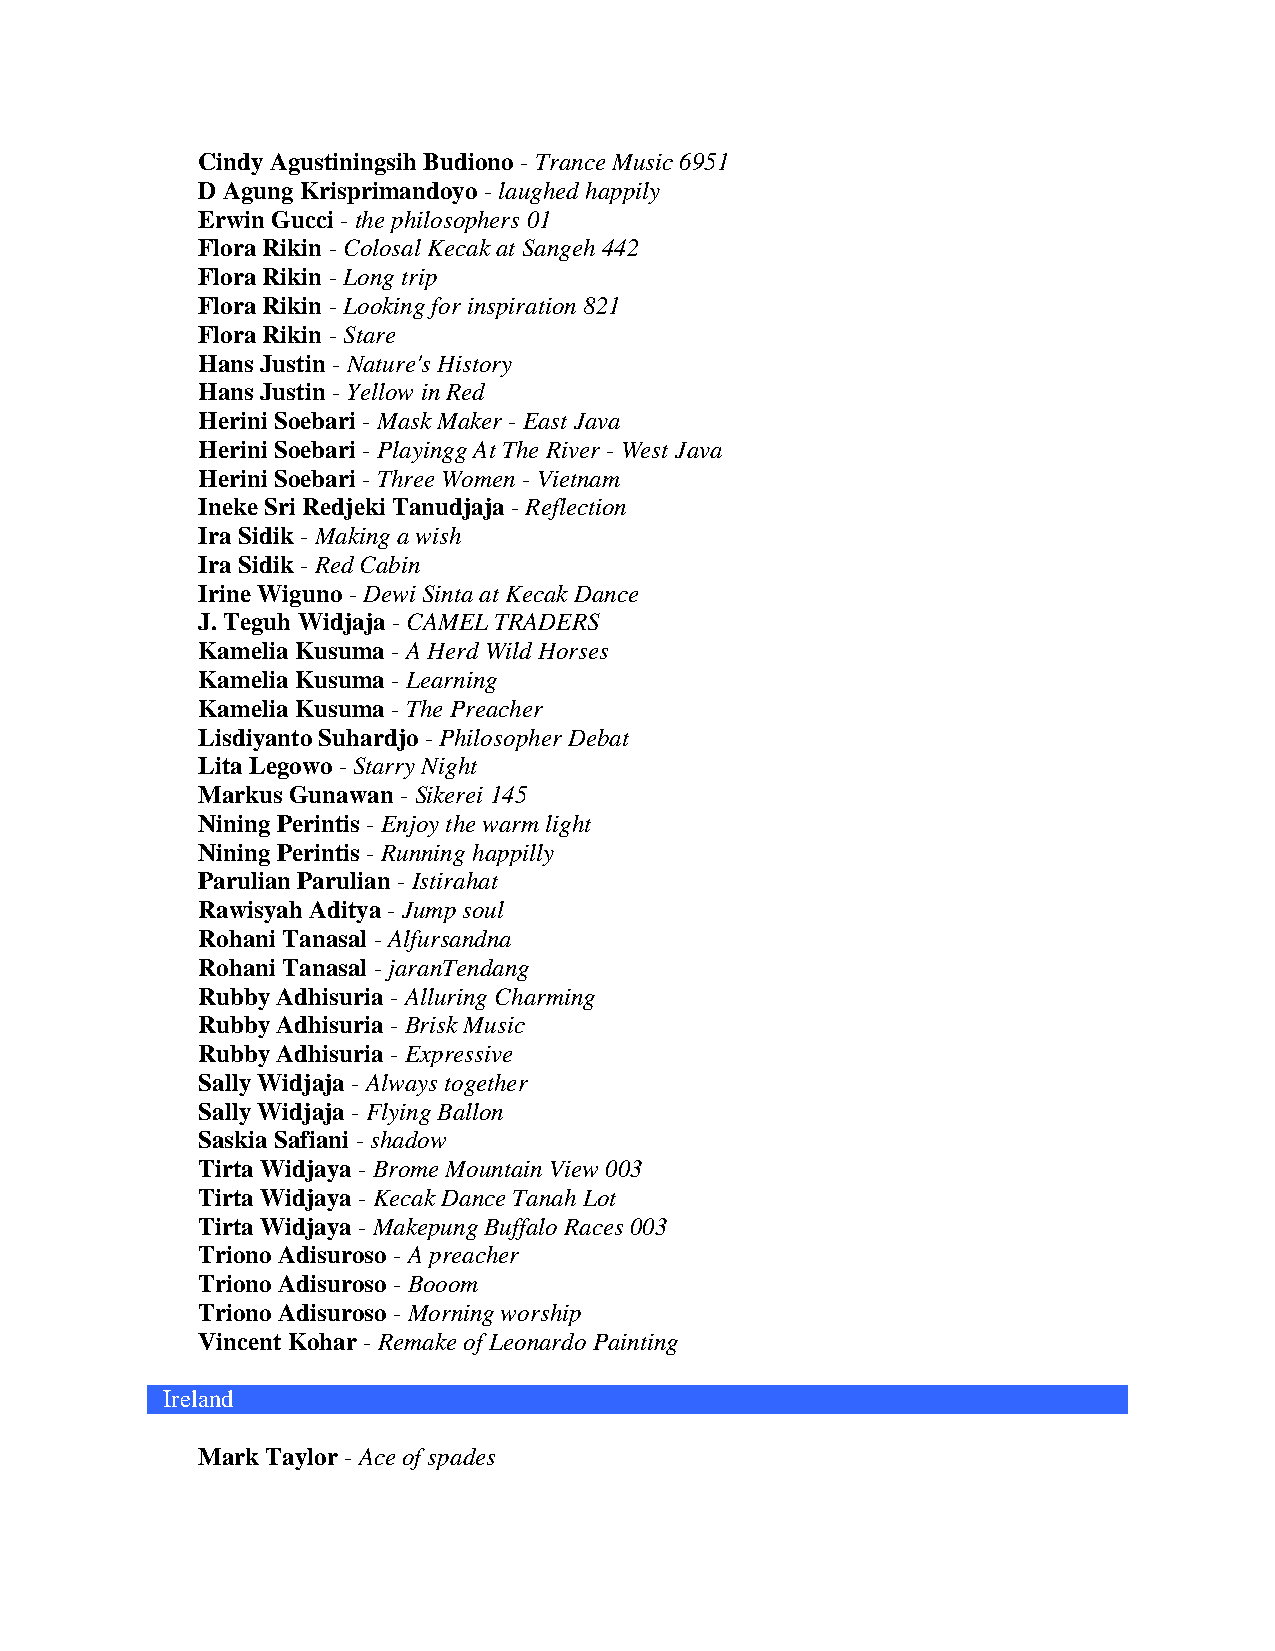
Cindy Agustiningsih Budiono - Trance Music 6951
 D Agung Krisprimandoyo - laughed happily
 Erwin Gucci - the philosophers 01
 Flora Rikin - Colosal Kecak at Sangeh 442
 Flora Rikin - Long trip
 Flora Rikin - Looking for inspiration 821
 Flora Rikin - Stare
 Hans Justin - Nature's History
 Hans Justin - Yellow in Red
 Herini Soebari - Mask Maker - East Java
 Herini Soebari - Playingg At The River - West Java
 Herini Soebari - Three Women - Vietnam
 Ineke Sri Redjeki Tanudjaja - Reflection
 Ira Sidik - Making a wish
 Ira Sidik - Red Cabin
 Irine Wiguno - Dewi Sinta at Kecak Dance
 J. Teguh Widjaja - CAMEL TRADERS
 Kamelia Kusuma - A Herd Wild Horses
 Kamelia Kusuma - Learning
 Kamelia Kusuma - The Preacher
 Lisdiyanto Suhardjo - Philosopher Debat
 Lita Legowo - Starry Night
 Markus Gunawan - Sikerei 145
 Nining Perintis - Enjoy the warm light
 Nining Perintis - Running happilly
 Parulian Parulian - Istirahat
 Rawisyah Aditya - Jump soul
 Rohani Tanasal - Alfursandna
 Rohani Tanasal - jaranTendang
 Rubby Adhisuria - Alluring Charming
 Rubby Adhisuria - Brisk Music
 Rubby Adhisuria - Expressive
 Sally Widjaja - Always together
 Sally Widjaja - Flying Ballon
 Saskia Safiani - shadow
 Tirta Widjaya - Brome Mountain View 003
 Tirta Widjaya - Kecak Dance Tanah Lot
 Tirta Widjaya - Makepung Buffalo Races 003
 Triono Adisuroso - A preacher
 Triono Adisuroso - Booom
 Triono Adisuroso - Morning worship
 Vincent Kohar - Remake of Leonardo Painting
 Ireland
 Mark Taylor - Ace of spades